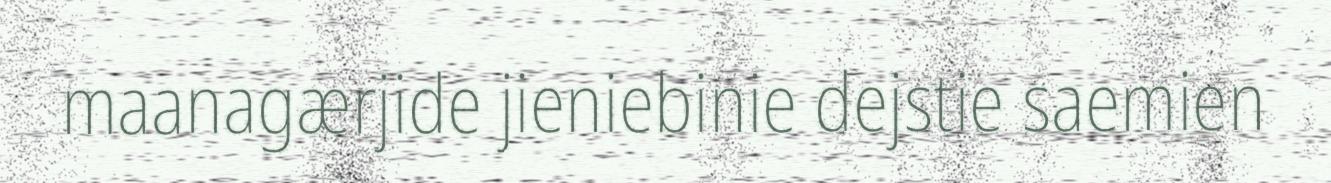
maanagærjide jieniebinie dejstie saemien